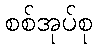
စစ်အုပ်စု